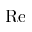
\mathrm { R e }